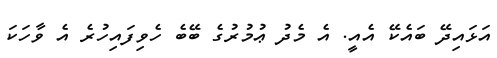
އަޅައިދޭ ބައެކޭ އެއީ. އެ މެދު ޢުމުރުގެ ބޭބެ ހެވިފައިހުރެ އެ ވާހަކަ